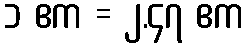
၁ ဧက = ၂.၄၇ ဧက